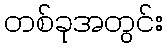
တစ်ခုအတွင်း